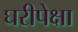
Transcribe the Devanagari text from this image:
घरीपेक्षा